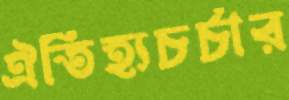
ঐতিহ্যচর্চার